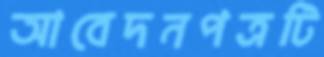
আবেদনপত্রটি